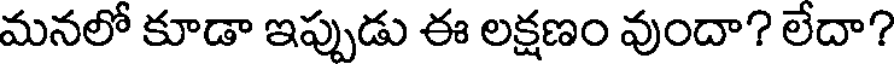
మనలో కూడా ఇప్పుడు ఈ లక్షణం వుందా? లేదా?